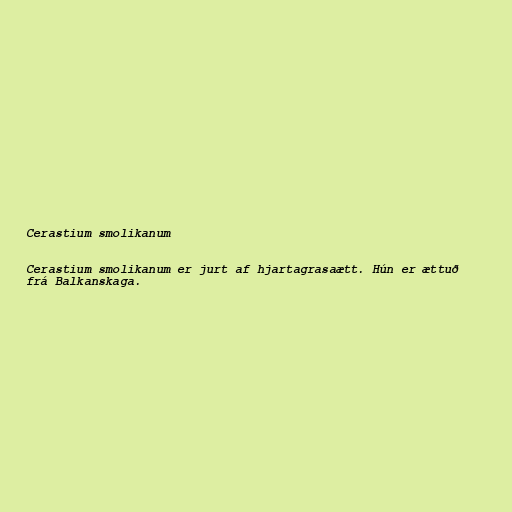
Cerastium smolikanum

Cerastium smolikanum er jurt af hjartagrasaætt. Hún er ættuð
frá Balkanskaga.